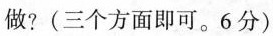
做?(三个方面即可。6分)